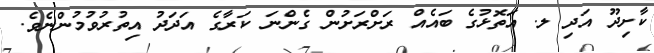
ކާށިދޫ އަދި ލ. އަތޮޅުގެ ބައެއް ރަށްރަށުން ގެންނަ ކަރާގެ އަދަދު އިތުރުވުމުންނެވެ.